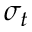
\sigma _ { t }